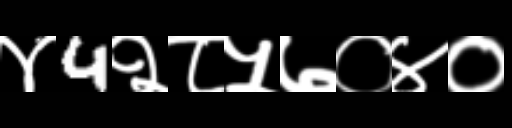
Text: ४4२८५७०४०